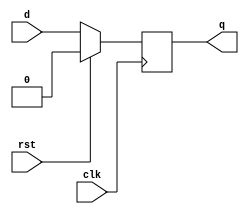
/* Generated by Yosys 0.32+74 (git sha1 b739213d9, gcc 12.3.0-1ubuntu1~22.04 -fPIC -Os) */

module d_ff(clk, d, rst, q);
  input clk;
  wire clk;
  input d;
  wire d;
  output q;
  reg q;
  input rst;
  wire rst;
  always @(posedge clk)
    if (rst) q <= 1'h0;
    else q <= d;
endmodule

module pes_sipo(clk, b, q);
  input b;
  wire b;
  input clk;
  wire clk;
  output [3:0] q;
  wire [3:0] q;
  d_ff dut1 (
    .clk(clk),
    .d(b),
    .q(q[3])
  );
  d_ff dut2 (
    .clk(clk),
    .d(q[3]),
    .q(q[2])
  );
  d_ff dut3 (
    .clk(clk),
    .d(q[2]),
    .q(q[1])
  );
  d_ff dut4 (
    .clk(clk),
    .d(q[1]),
    .q(q[0])
  );
endmodule